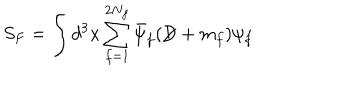
S _ { F } = \int d ^ { 3 } x \sum _ { f = 1 } ^ { 2 N _ { f } } \bar { \psi } _ { f } ( \not { \! \! D } + m _ { f } ) \psi _ { f }